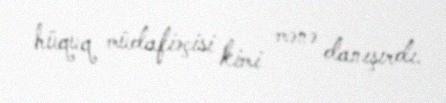
hüquq müdafiəçisi kimi mənə danışırdı.